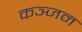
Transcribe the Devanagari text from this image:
कञ्जन